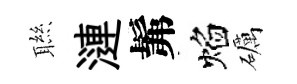
聮漣髴焰礪